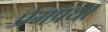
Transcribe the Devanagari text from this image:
प्रेमप्रथा